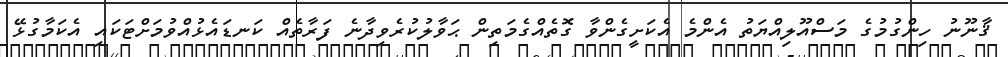
ޤާނޫނު ހިންގުމުގެ މަސްއޫލިއްޔަތު އެންމެ އެކަށީގެންވާ ގޮތެއްގެމަތިން ޙަވާލުކުރެވިދާނެ ފަރާތެއް ކަނޑައެޅުއްވުމަށްޓަކައި އެކަމާގުޅޭ